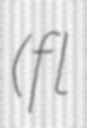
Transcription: (fl